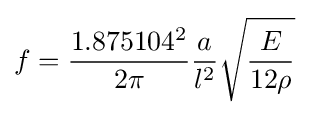
f={\frac {1.875104^{2}}{2\pi }}{\frac {a}{l^{2}}}{\sqrt {\frac {E}{12\rho }}}